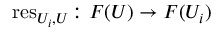
\operatorname { r e s } _ { U _ { i } , U } \colon F ( U ) \rightarrow F ( U _ { i } )